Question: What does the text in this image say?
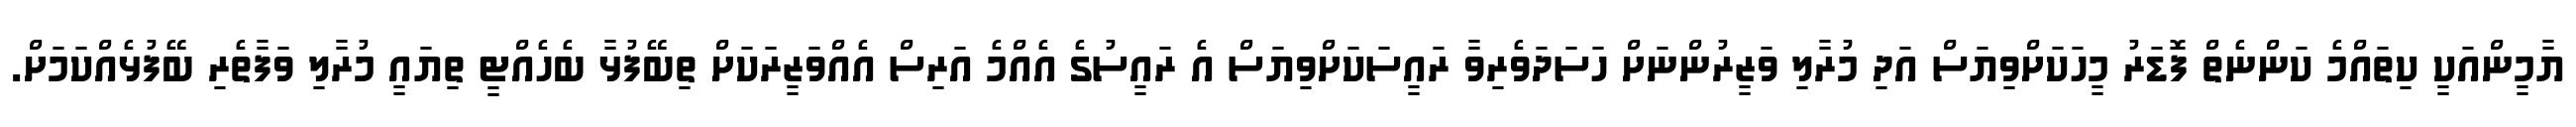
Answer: ޔާމީންއަކީ ކިތައްމެ ކަންނެތް ފޮޑަރު މީހަކަށްވިޔަސް އަދި މުރާލި ވަޒީރުންނަށް ހަސަދަވެރިވާ ރައީސަކަށްވިޔަސް އެ ރައީސުގެ އެއްމެ އަރިސް އެއްވަޒީރަކަށް ތިބޭފުޅާ ބެހެއްޓީ ތިޔައީ މުރާލި ވަފާތެރި ބޭފުޅެއްކަމަށް.